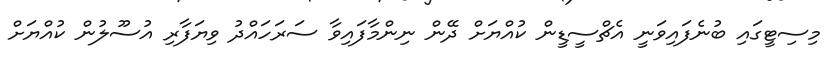
މިސިޓީގައި ބުނެފައިވަނީ އެޗްސީޑީން ކުއްޔަށް ދޭން ނިންމާފައިވާ ސަރަހައްދު ވިޔަފާރި އުސޫލުން ކުއްޔަށް